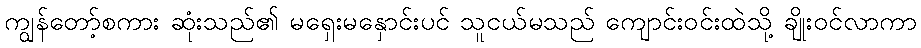
ကျွန်တော့်စကား ဆုံးသည်၏ မရှေးမနှောင်းပင် သူငယ်မသည် ကျောင်းဝင်းထဲသို့ ချိုးဝင်လာကာ